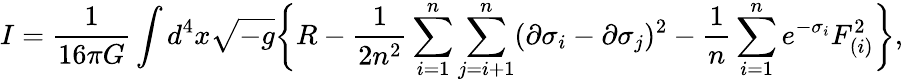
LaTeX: I={\frac{1}{16\pi G}}\int d^{4}x\sqrt{-g}\biggl\{ R-{\frac{1}{2n^{2}}}\sum_{i=1}^{n}\sum_{j=i+1}^{n}(\partial\sigma_{i}-\partial\sigma_{j})^{2}-{\frac{1}{n}}\sum_{i=1}^{n}e^{-\sigma_{i}}F_{(i)}^{2}\biggr\} ,